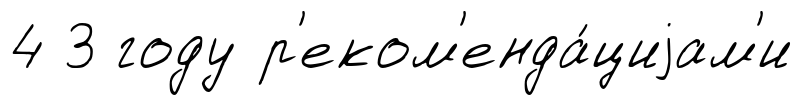
4 3 году р'еком'енда́циjам'и